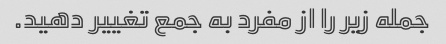
جمله زیر را از مفرد به جمع تغییر دهید.